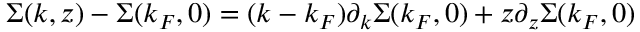
\Sigma ( k , z ) - \Sigma ( k _ { F } , 0 ) = ( k - k _ { F } ) \partial _ { k } \Sigma ( k _ { F } , 0 ) + z \partial _ { z } \Sigma ( k _ { F } , 0 )